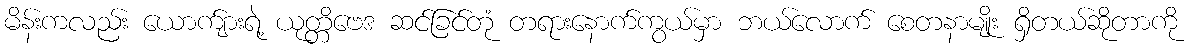
မိန်းကလည်း ယောက်ျားရဲ့ ယုတ္တိဗေဒ ဆင်ခြင်တုံ တရားနောက်ကွယ်မှာ ဘယ်လောက် စေတနာမျိုး ရှိတယ်ဆိုတာကို